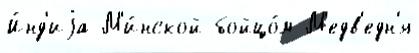
И́нд'иjа М'и́нской бойцо́м М'едв'едн'я